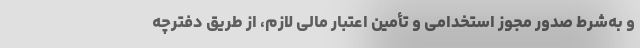
و به‌شرط صدور مجوز استخدامی و تأمین اعتبار مالی لازم، از طریق دفترچه